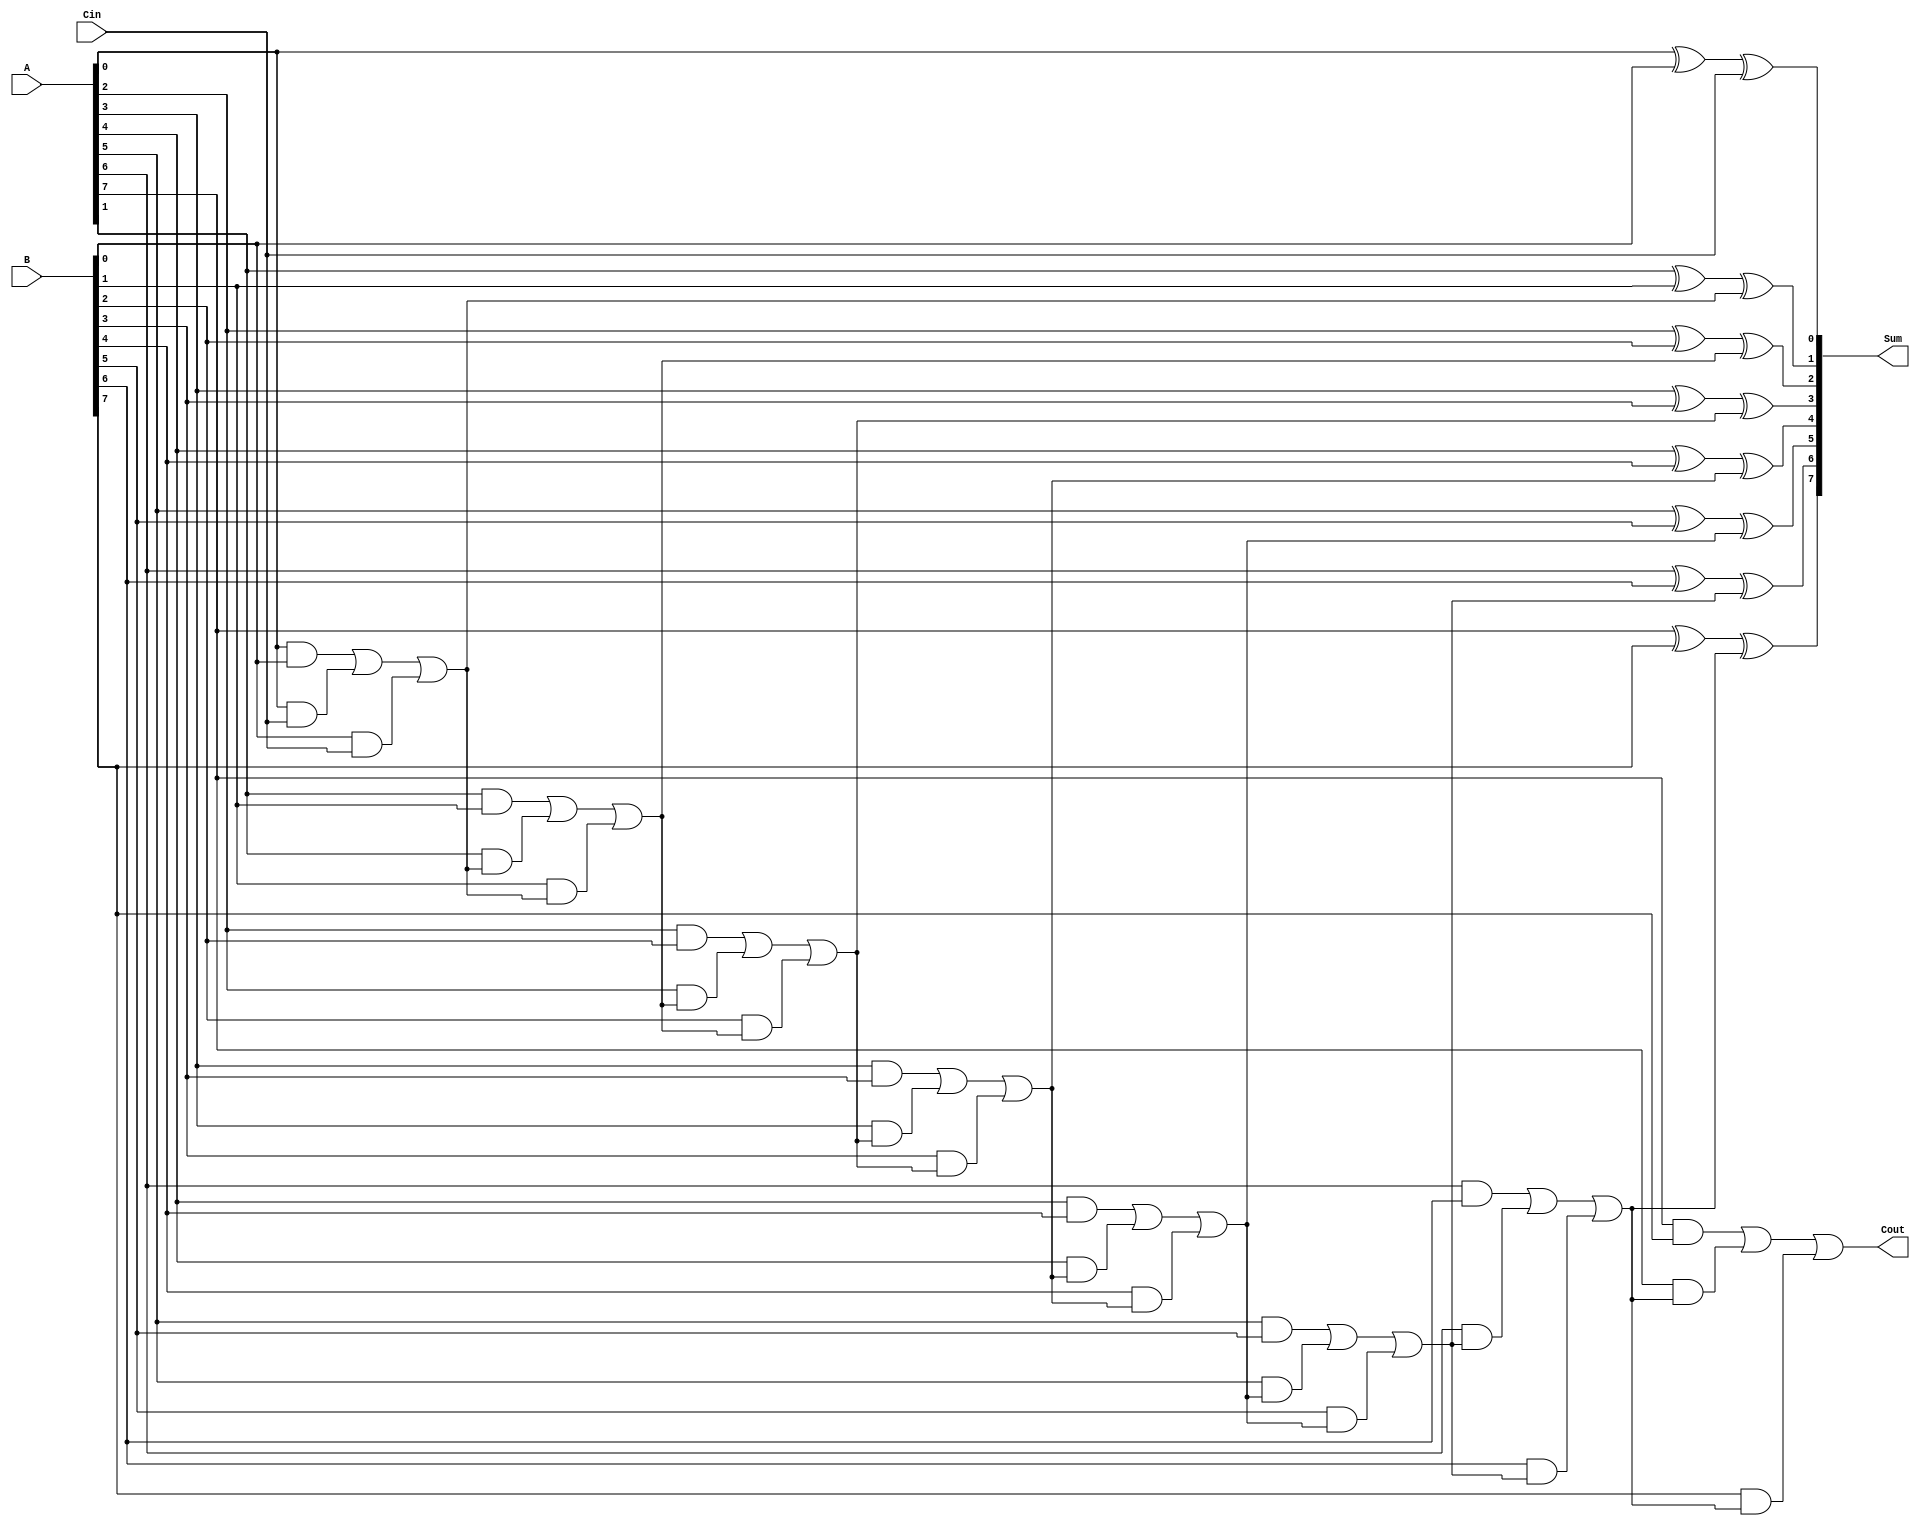
module ManchesterCarryChainAdder #(parameter N = 8) (
    input  [N-1:0] A,      // First n-bit input
    input  [N-1:0] B,      // Second n-bit input
    input         Cin,      // Carry-in
    output [N-1:0] Sum,     // n-bit sum output
    output        Cout      // Carry-out
);

    wire [N:0] carry;       // Carry chain (N+1 to include Cout)
    wire [N-1:0] sum_int;   // Intermediate sum calculation

    // Generate carry signals
    assign carry[0] = Cin; // Initial carry-in

    genvar i;
    generate
        for (i = 0; i < N; i = i + 1) begin : carry_gen
            // Carry generation logic
            assign carry[i + 1] = (A[i] & B[i]) | (A[i] & carry[i]) | (B[i] & carry[i]);
            // Sum calculation
            assign sum_int[i] = A[i] ^ B[i] ^ carry[i];
        end
    endgenerate

    // Final sum and carry-out
    assign Sum = sum_int;     // Output the calculated sum
    assign Cout = carry[N];   // Carry-out from the most significant bit

endmodule